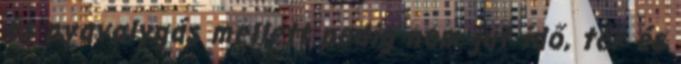
és nyavalygás mellett pedig nem jut idő, tér és